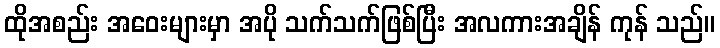
ထိုအစည်း အဝေးများမှာ အပို သက်သက်ဖြစ်ပြီး အလကားအချိန် ကုန် သည်။